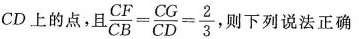
CD上的点。 $$\frac{ C F } { C B } = \frac{ C G } { C D } = \frac{ 2 } { 3 }$$ 则下列说法正确